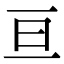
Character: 亘